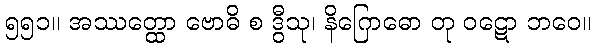
၅၅၁။ အဿတ္ထော ဗောဓိ စ ဒွီသု၊ နိဂြောဓော တု ဝဋော ဘဝေ။